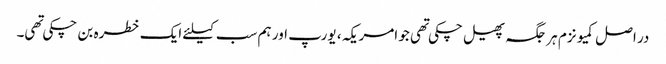
در اصل کمیونزم ہر جگہ پھیل چکی تهی جو امریکہ ، یورپ اور ہم سب کیلئے ایک خطره بن چکی تهی۔